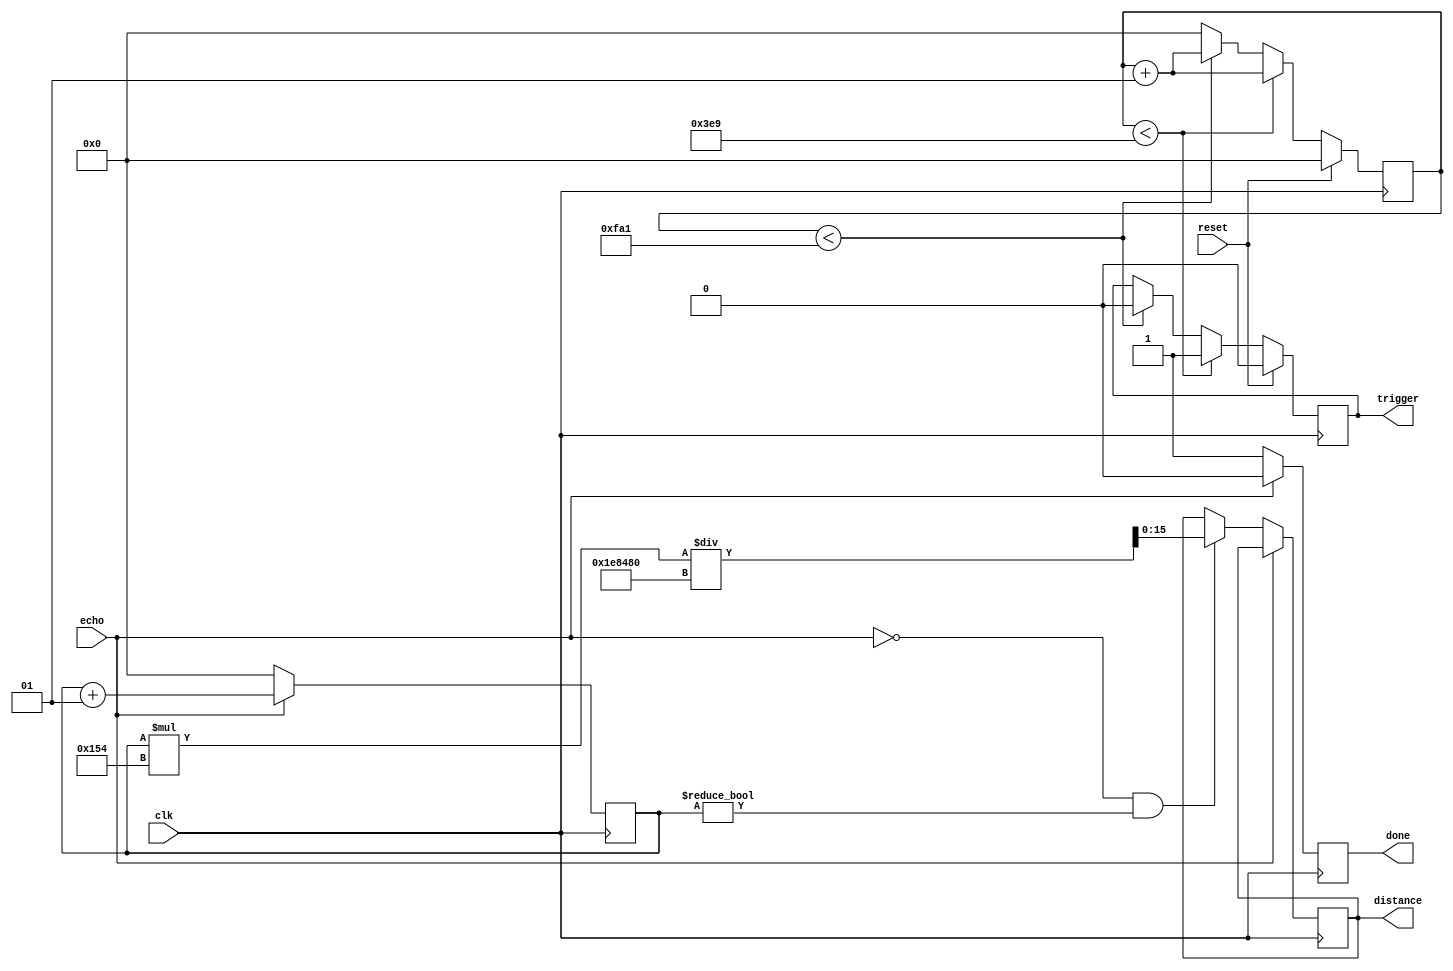
module ultrasonido(input reset, input clk, input echo, output reg done, output reg trigger, output reg [15:0] distance);
	//Perodo de la FPGA T=10nS (Cdigo Alterno)  
	//Declaracin de parmetros
	//Estos parmetros se encuentran  en nano segundos por el periodo de la FPGA 
	parameter divH = 1000; 
	parameter divL = 4000;
	
	//Contadores
	integer countF;
	integer countEcho;
	
	initial countF = 0;
	
	//Trigger
	always @(posedge clk) begin 
		if (reset) 
		begin 
			countF <= 0;
			trigger <= 0;
		end 
		else 
		begin
			countF <= countF +1; //en caso de no funcionar probar con begin end en cada if
			if (countF < divH+1)
				trigger <= 1;
			else
			if (countF < divL+1)
				trigger <= 0;
			else 
				countF <= 0;
		end
	end
	
	//echo
	always @(posedge clk) begin
		if (echo == 1) begin
			countEcho <= countEcho +1;
			done <= 0;
		end
		else
		begin
			if (echo == 0 & countEcho != 0)	
				distance <= (countEcho*340)/2000000;
				//distance <= countEcho/58000;
				countEcho <=0;
				done <= 1; 	
		end
		
	end
	
endmodule